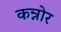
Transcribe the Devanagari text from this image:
कन्नोर